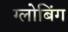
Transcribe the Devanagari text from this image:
ग्लोबिंग